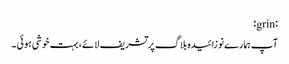
:grin:
آپ ہمارے نوزائیدہ بلاگ پر تشریف لائے، بہت خوشی ہوئی ۔